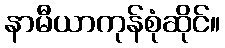
နာမီယာကုန်စုံဆိုင်။